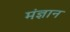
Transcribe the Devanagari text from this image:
मंज्ञान